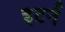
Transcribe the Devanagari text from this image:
इटर्न